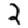
Digit: 2